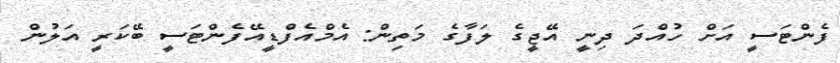
ފެންޓަސީ އަށް ހުއްދަ ދިނީ އޭޖީގެ ލަފާގެ މަތިން: އެމްއެފްޑީއޭފެންޓަސީ ބޭކަރީ އަލުން